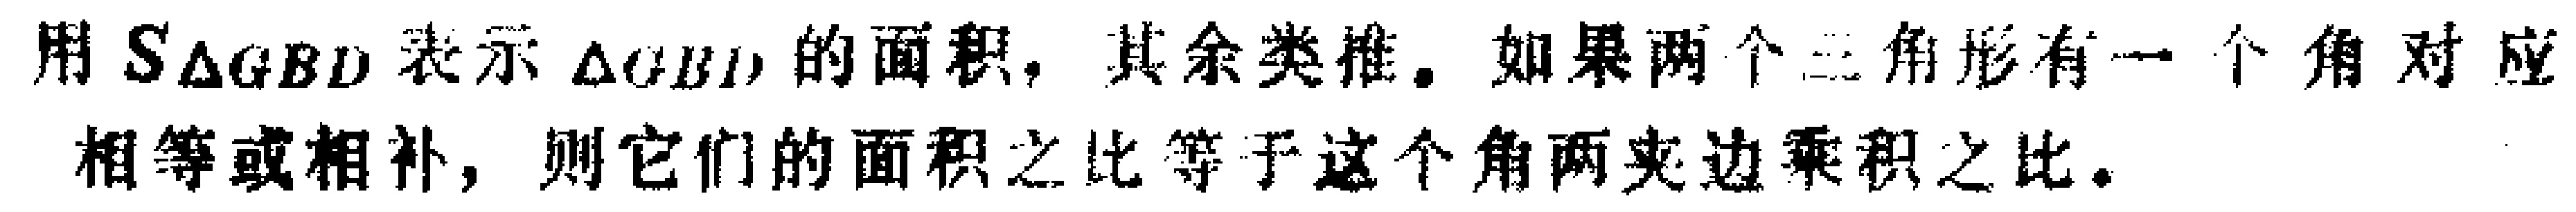
用 \(S_{\triangle GBD}\) 表示 \(\triangle GBD\) 的面积，其余类推。如果两个三角形有一个角对应相等或相补，则它们的面积之比等于这个角两夹边乘积之比。